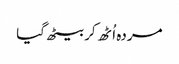
مردہ اُٹھ کر بیٹھ گیا